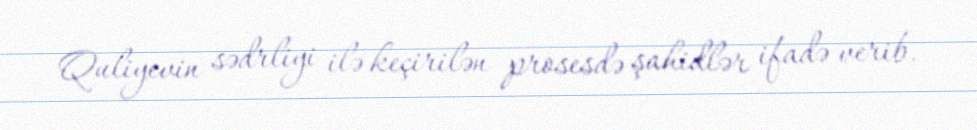
Quliyevin sədrliyi ilə keçirilən prosesdə şahidlər ifadə verib.